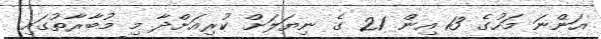
އަންނަ މަހުގެ 13 އިން 21 ގެ ނިޔަލަށް ކުރިއަށްދާ މި މުބާރާތުގައި